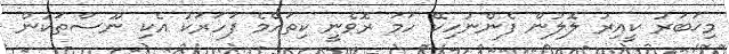
މިޚަބަރު ކީއިރު ލޮލުން ފެންނުހިކޭ ހަމަ ރޮވެނީ ކިތައްމެ ފަހަރަކު އެކި ނޫސްތަކުން